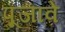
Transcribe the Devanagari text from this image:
पूजावे